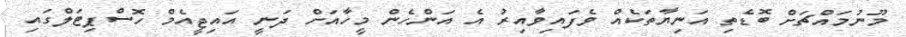
މޫނުމައްޗަށް ބޮޑެތި އަނިޔާތަކެއް ވެފައިވާއިރު އެ އަންހެން މީހާއަށް ދަނީ އައިޖީއެމް ހޮސްޕިޓަލްގައި